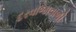
દરવાજાવાળી